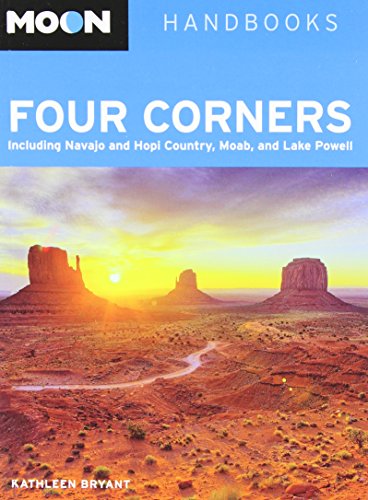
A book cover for Moon Four Corners: Including Navajo and Hopi Country, Moab, and Lake Powell (Moon Handbooks); Kathleen Bryant; Travel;